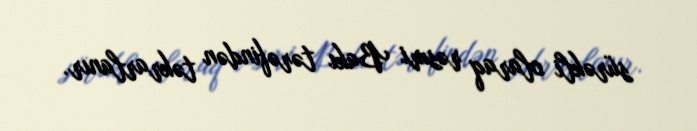
sürəkli olaraq rəsmi Bakı tərəfindən təkrarlanır.